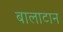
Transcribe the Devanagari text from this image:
बालाटान